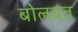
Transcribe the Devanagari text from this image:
बोलवत